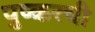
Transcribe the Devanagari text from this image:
पुष्करची